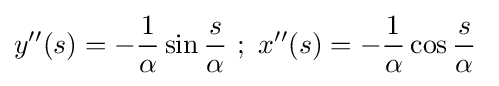
y^{\prime \prime }(s)=-{\frac {1}{\alpha }}\sin {\frac {s}{\alpha }}\ ;\ x^{\prime \prime }(s)=-{\frac {1}{\alpha }}\cos {\frac {s}{\alpha }}\